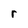
Character: r